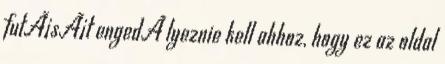
futÃ¡sÃ¡t engedÃ lyeznie kell ahhoz, hogy ez az oldal